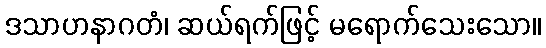
ဒသာဟနာဂတံ၊ ဆယ်ရက်ဖြင့် မရောက်သေးသော။